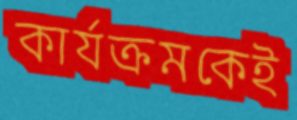
কার্যক্রমকেই